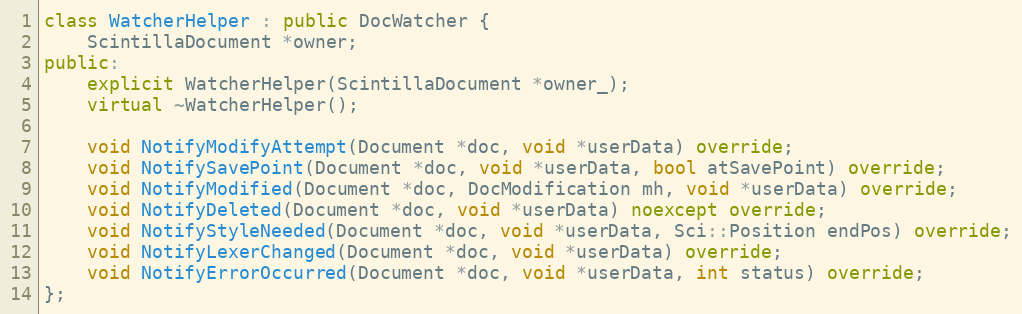
Language: C++
class WatcherHelper : public DocWatcher {
    ScintillaDocument *owner;
public:
    explicit WatcherHelper(ScintillaDocument *owner_);
    virtual ~WatcherHelper();

    void NotifyModifyAttempt(Document *doc, void *userData) override;
    void NotifySavePoint(Document *doc, void *userData, bool atSavePoint) override;
    void NotifyModified(Document *doc, DocModification mh, void *userData) override;
    void NotifyDeleted(Document *doc, void *userData) noexcept override;
    void NotifyStyleNeeded(Document *doc, void *userData, Sci::Position endPos) override;
    void NotifyLexerChanged(Document *doc, void *userData) override;
    void NotifyErrorOccurred(Document *doc, void *userData, int status) override;
};